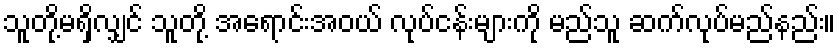
သူတို့မရှိလျှင် သူတို့ အရောင်းအဝယ် လုပ်ငန်းများကို မည်သူ ဆက်လုပ်မည်နည်း။